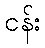
ငန်း